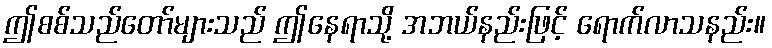
ဤစစ်သည်တော်များသည် ဤနေရာသို့ အဘယ်နည်းဖြင့် ရောက်လာသနည်း။